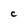
Character: c